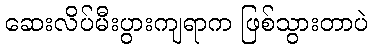
ဆေးလိပ်မီးပွားကျရာက ဖြစ်သွားတာပဲ